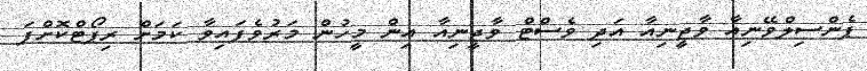
ޕެންސިލްވޭނިއާ ވާޖީނިއާ އަދި ވެސްޓް ވާޖީނިއާ އިން މީހުން މަރުވެފައިވާ ކަމަށް ރިޕޯޓްކޮށްފަ